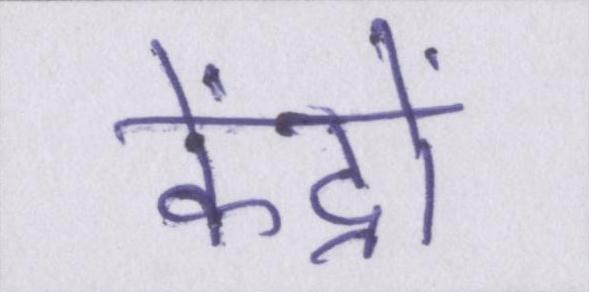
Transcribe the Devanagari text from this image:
केंद्रों